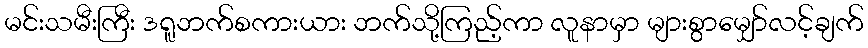
မင်းသမီးကြီး ဒရူဘက်စကားယား ဘက်သို့ကြည့်ကာ လူနာမှာ များစွာမျှော်လင့်ချက်